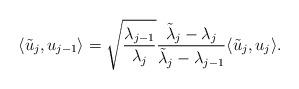
LaTeX: \begin{align*} \langle \tilde u_j,u_{j-1}\rangle=\sqrt{\frac{\lambda_{j-1}}{\lambda_j}}\frac{\tilde\lambda_j-\lambda_j}{\tilde\lambda_{j}-\lambda_{j-1}}\langle\tilde u_j,u_j\rangle.\end{align*}